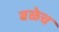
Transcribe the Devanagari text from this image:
बळेच